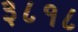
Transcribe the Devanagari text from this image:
३८१८